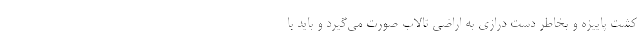
کشت پاییزه و بخاطر دست درازی به اراضی تالاب صورت می‌گیرد و باید با